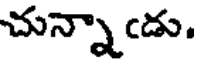
చున్నాఁడు.